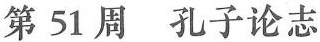
第51周孔子论志